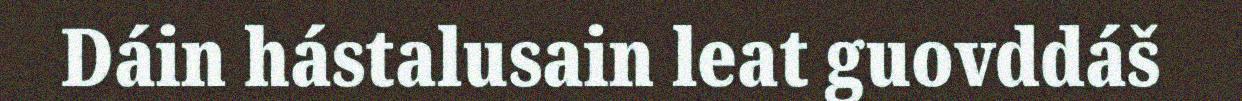
Dáin hástalusain leat guovddáš